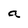
Character: a